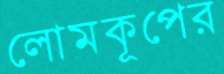
লোমকূপের